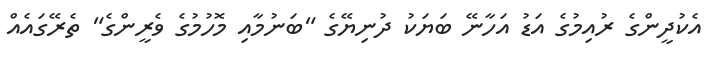
އެކުދީންގެ ރުއިމުގެ އަޑު އަހާނޭ ބަޔަކު ދުނިޔޭގެ "ބަނުމާއި މޮހުމުގެ ވެރީންގެ" ތެރޭގައެއް